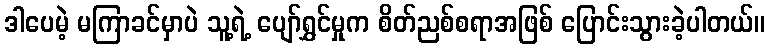
ဒါပေမဲ့ မကြာခင်မှာပဲ သူ့ရဲ့ ပျော်ရွှင်မှုက စိတ်ညစ်စရာအဖြစ် ပြောင်းသွားခဲ့ပါတယ်။